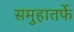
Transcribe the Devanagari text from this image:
समुहातर्फे